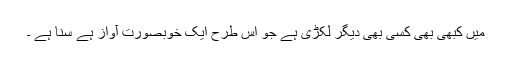
میں کبھی بھی کسی بھی دیگر لکڑی ہے جو اس طرح ایک خوبصورت آواز ہے سنا ہے ۔